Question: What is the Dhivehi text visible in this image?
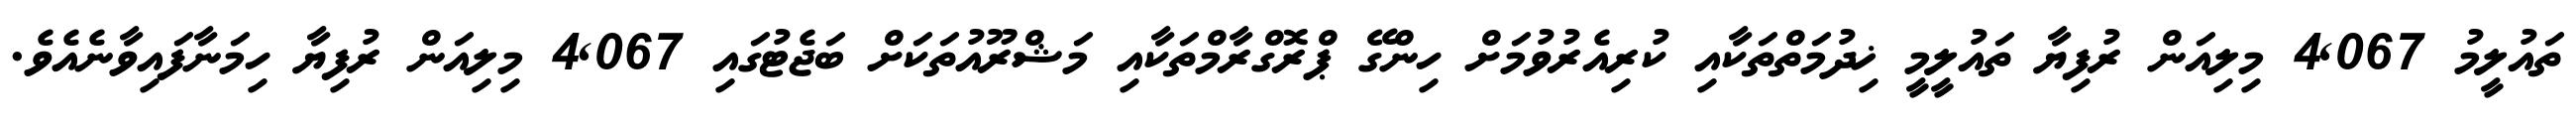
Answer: ތައުލީމު 4,067 މިލިއަން ރުފިޔާ ތައުލީމީ ޚިދުމަތްތަކާއި ކުރިއެރުވުމަށް ހިންގޭ ޕްރޮގްރާމްތަކާއި މަޝްރޫއުތަކަށް ބަޖެޓުގައި 4,067 މިލިއަން ރުފިޔާ ހިމަނާފައިވާނެއެވެ.